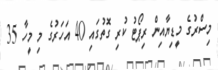
މިސްރުގެ މީޑިޔާއިން ރިޕޯޓު ކުރި ގޮތުގައި 40 އަހަރުގެ މި މީހާ 35